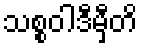
သစ္စဝါဒီမှီတိ